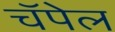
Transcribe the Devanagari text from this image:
चॅपेल